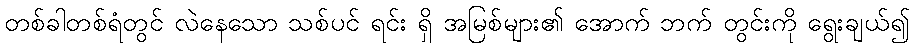
တစ်ခါတစ်ရံတွင် လဲနေသော သစ်ပင် ရင်း ရှိ အမြစ်များ၏ အောက် ဘက် တွင်းကို ရွေးချယ်၍